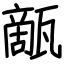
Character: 甋